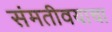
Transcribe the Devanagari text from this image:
संमतीवयाचा